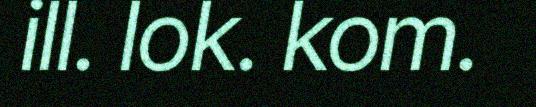
ill. lok. kom.